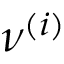
\nu ^ { ( i ) }